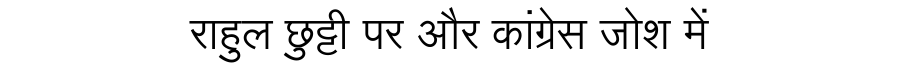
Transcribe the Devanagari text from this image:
राहुल छुट्टी पर और कांग्रेस जोश में